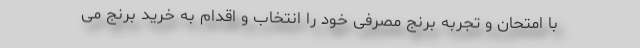
با امتحان و تجربه برنج مصرفی خود را انتخاب و اقدام به خرید برنج می